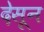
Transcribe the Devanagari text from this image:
देसून